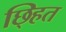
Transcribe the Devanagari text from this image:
छ्हित